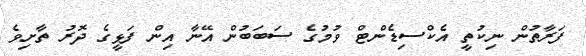
ފަރާތުން ނިކުތީ އެކްސިޑެންޓް ވުމުގެ ސަބަބުން އޭނާ އިން ފަޅީގެ ދޮރު ތާށިވެ